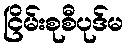
ငြိမ်းစုစီပုဒ်မ